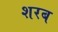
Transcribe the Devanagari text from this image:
शरब